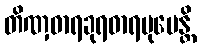
တိဏှဓာရခုရဓာရမုပေန္တိ